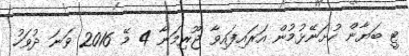
ޓީ ބަޔާން ހުށަނޭޅުމުން އަރައިފައިވާ ޖޫރިމަނާ 4 މޭ 2016 ވަނަ ދުވަހު